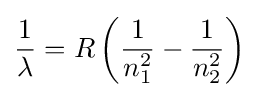
{\frac {1}{\lambda }}=R\left({\frac {1}{n_{1}^{2}}}-{\frac {1}{n_{2}^{2}}}\right)